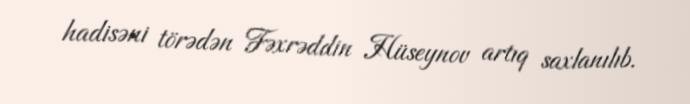
hadisəni törədən Fəxrəddin Hüseynov artıq saxlanılıb.